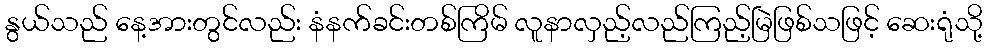
နွယ်သည် နေ့အားတွင်လည်း နံနက်ခင်းတစ်ကြိမ် လူနာလှည့်လည်ကြည့်မြဲဖြစ်သဖြင့် ဆေးရုံသို့